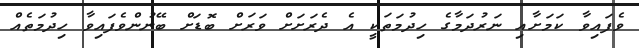
ވެފައިވާ ކަމަށާއި ނަރުދަމާގެ ހިދުމަތަކީ އެ ދެރަށަށް ވަރަށް ބޮޑަށް ބޭނުންވެފައިވާ ހިދުމަތެއް